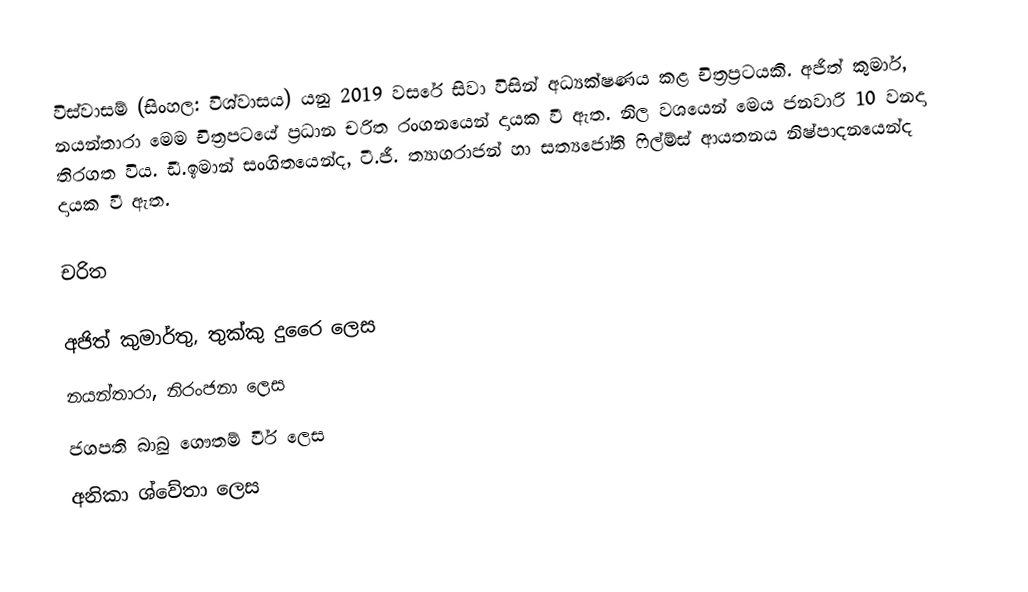
විස්වාසම් (සිංහල: විශ්වාසය) යනු 2019 වසරේ සිවා විසින් අධ්‍යක්ෂණය කළ චිත්‍ර්‍රපටයකි. අජිත් කුමාර්, නයන්තාරා මෙම චිත්‍රපටයේ ප්‍රධාන චරිත රංගනයෙන් දායක වී ඇත. නිල වශයෙන් මෙය ජනවාරි 10 වනදා තිරගත විය. ඩී.ඉමාන් සංගිතයෙන්ද, ටී.ජී. ත්‍යාගරාජන් හා සත්‍යජෝති ෆිල්ම්ස් ආයතනය නිෂ්පාදනයෙන්ද දායක වී ඇත.

චරිත

අජිත් කුමාර්තු, තුක්කු දුරෛ ලෙස
නයන්තාරා, නිරංජනා ලෙස
ජගපති බාබු ගෞතම් වීර් ලෙස
අනිකා ශ්වේතා ලෙස